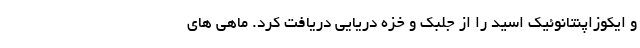
و ایکوزاپنتانوئیک اسید را از جلبک و خزه دریایی دریافت کرد. ماهی های